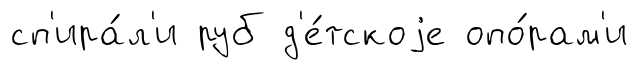
сп'ира́л'и руб д'е́тскоjе опо́рам'и